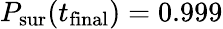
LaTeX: P_{\mathrm{sur}}(t_{\mathrm{final}})=0.999